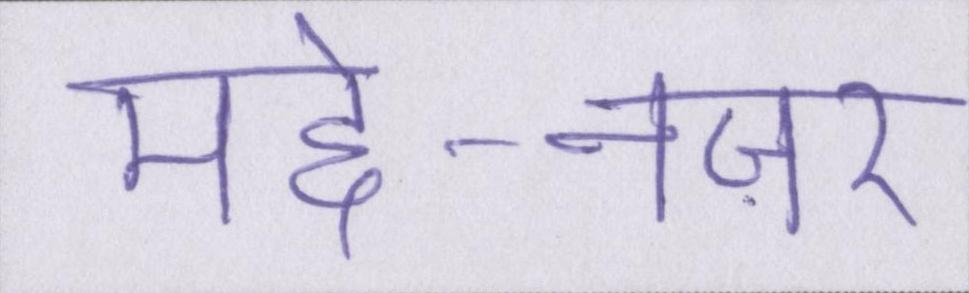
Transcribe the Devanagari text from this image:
मद्दे-नज़र